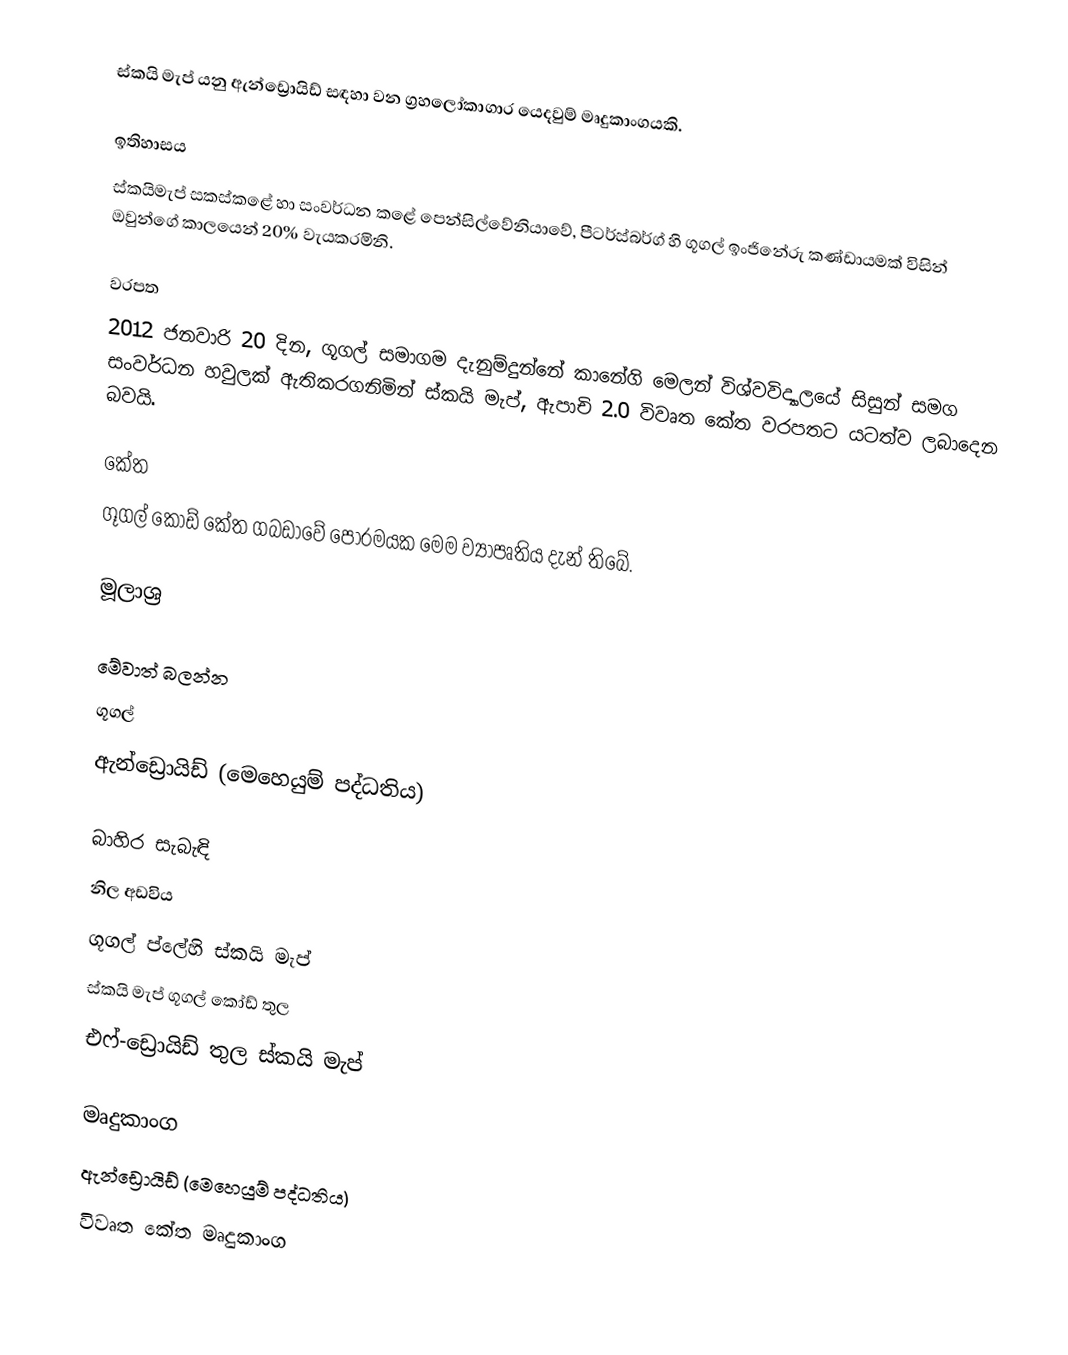
ස්කයි මැප් යනු ඇන්ඩ්‍රොයිඩ් සඳහා වන ග්‍රහලෝකාගාර යෙදවුම් මෘදුකාංගයකි.

ඉතිහාසය
ස්කයිමැප් සකස්කළේ හා සංවර්ධන කළේ පෙන්සිල්වේනියාවේ, පීටර්ස්බර්ග් හි ගූගල් ඉංජිනේරු කණ්ඩායමක් විසින් ඔවුන්ගේ කාලයෙන් 20% වැයකරමිනි.

වරපත
2012 ජනවාරි 20 දින, ගූගල් සමාගම දැනුම්දුන්නේ කානේගි මෙලන් විශ්වවිද්‍යාලයේ සිසුන් සමග සංවර්ධන හවුලක් ඇතිකරගනිමින් ස්කයි මැප්, ඇපාචි 2.0 විවෘත කේත වරපතට යටත්ව ලබාදෙන බවයි.

කේත
ගූගල් කෝඩ් කේත ගබඩාවේ පෝරමයක මෙම ව්‍යාපෘතිය දැන් තිබේ.

මූලාශ්‍ර

මේවාත් බලන්න
ගූගල්
ඇන්ඩ්‍රොයිඩ් (මෙහෙයුම් පද්ධතිය‍)

බාහිර සැබැඳි
නිල අඩවිය
ගූගල් ප්ලේහි ස්කයි මැප්
ස්කයි මැප් ගූගල් කෝඩ් තුල
එෆ්-ඩ්‍රොයිඩ් තුල ස්කයි මැප්

මෘදුකාංග
ඇන්ඩ්‍රොයිඩ් (මෙහෙයුම් පද්ධතිය)
විවෘත කේත මෘදුකාංග